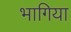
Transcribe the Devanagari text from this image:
भागिया